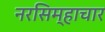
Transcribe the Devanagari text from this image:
नरसिम्हाचार